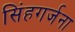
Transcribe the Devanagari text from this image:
सिंहगर्जना